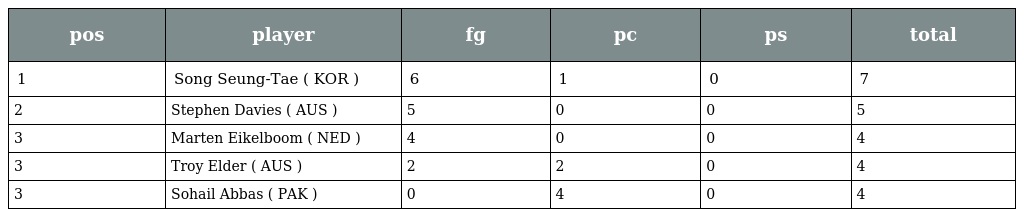
| pos | player | fg | pc | ps | total |
 | --- | --- | --- | --- | --- | --- |
 | 1 | Song Seung-Tae ( KOR ) | 6 | 1 | 0 | 7 |
 | 2 | Stephen Davies ( AUS ) | 5 | 0 | 0 | 5 |
 | 3 | Marten Eikelboom ( NED ) | 4 | 0 | 0 | 4 |
 | 3 | Troy Elder ( AUS ) | 2 | 2 | 0 | 4 |
 | 3 | Sohail Abbas ( PAK ) | 0 | 4 | 0 | 4 |